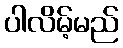
ပါလိမ့်မည်